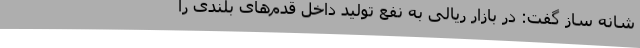
شانه ‌ساز گفت: در بازار ریالی به نفع تولید داخل قدم‌های بلندی را